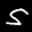
Label: 5